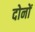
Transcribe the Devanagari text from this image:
दोनों